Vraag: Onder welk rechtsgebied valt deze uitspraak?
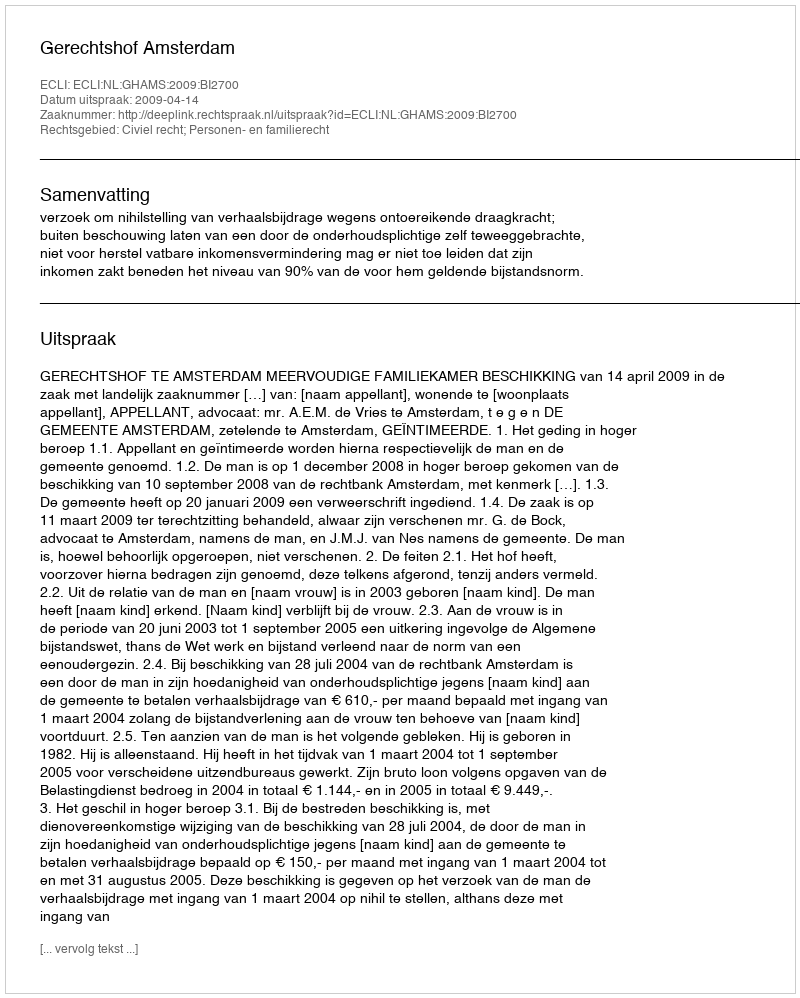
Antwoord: Civiel recht; Personen- en familierecht